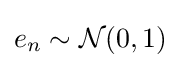
e_{n}\sim {\mathcal {N}}(0,1)